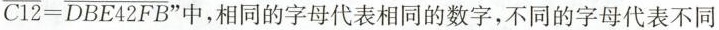
\overline { C 1 2 } = \overline { D B E 4 2 F B }$$中，相同的字母代表相同的数字，不同的字母代表不同